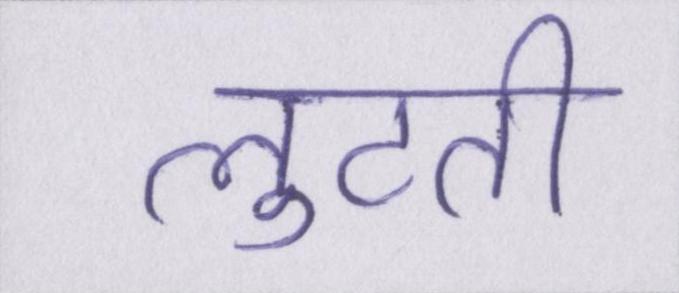
लुटती